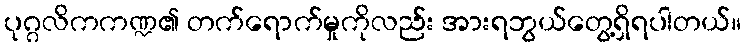
ပုဂ္ဂလိကကဏ္ဍ၏ တက်ရောက်မှုကိုလည်း အားရဘွယ်တွေ့ရှိရပါတယ်။